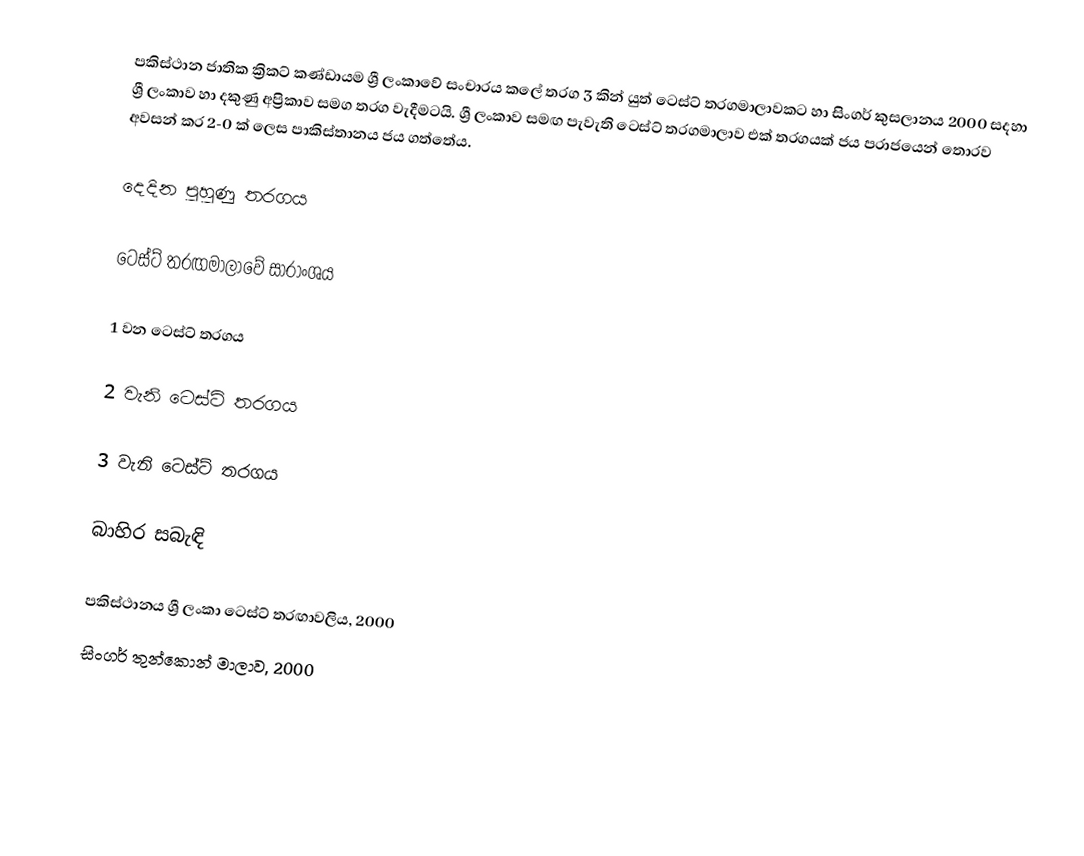
පකිස්ථාන ජාතික ක්‍රිකට් කණ්ඩායම ශ්‍රී ලංකාවේ සංචාරය කලේ තරග 3 කින් යුත් ටෙස්ට් තරගමාලාවකට හා සිංගර් කුසලානය 2000 සදහා ශ්‍රී ලංකාව හා දකුණු අප්‍රිකාව සමග තරග වැදීමටයි. ශ්‍රී ලංකාව සමඟ පැවැති ටෙස්ට් තරගමාලාව එක් තරගයක් ජය පරාජයෙන් තොරව අවසන් කර 2-0 ක් ලෙස පාකිස්තානය ජය ගත්තේය.

දෙදින පුහුණු තරගය

ටෙස්ට් තරඟමාලාවේ සාරාංශය

1 වන ටෙස්ට් තරගය

2 වැනි ටෙස්ට් තරගය

3 වැනි ටෙස්ට් තරගය

බාහිර සබැඳි

 පකිස්ථානය ශ්‍රී ලංකා ටෙස්ට් තරඟාවලිය, 2000
 සිංගර් තුන්කොන් මාලාව, 2000